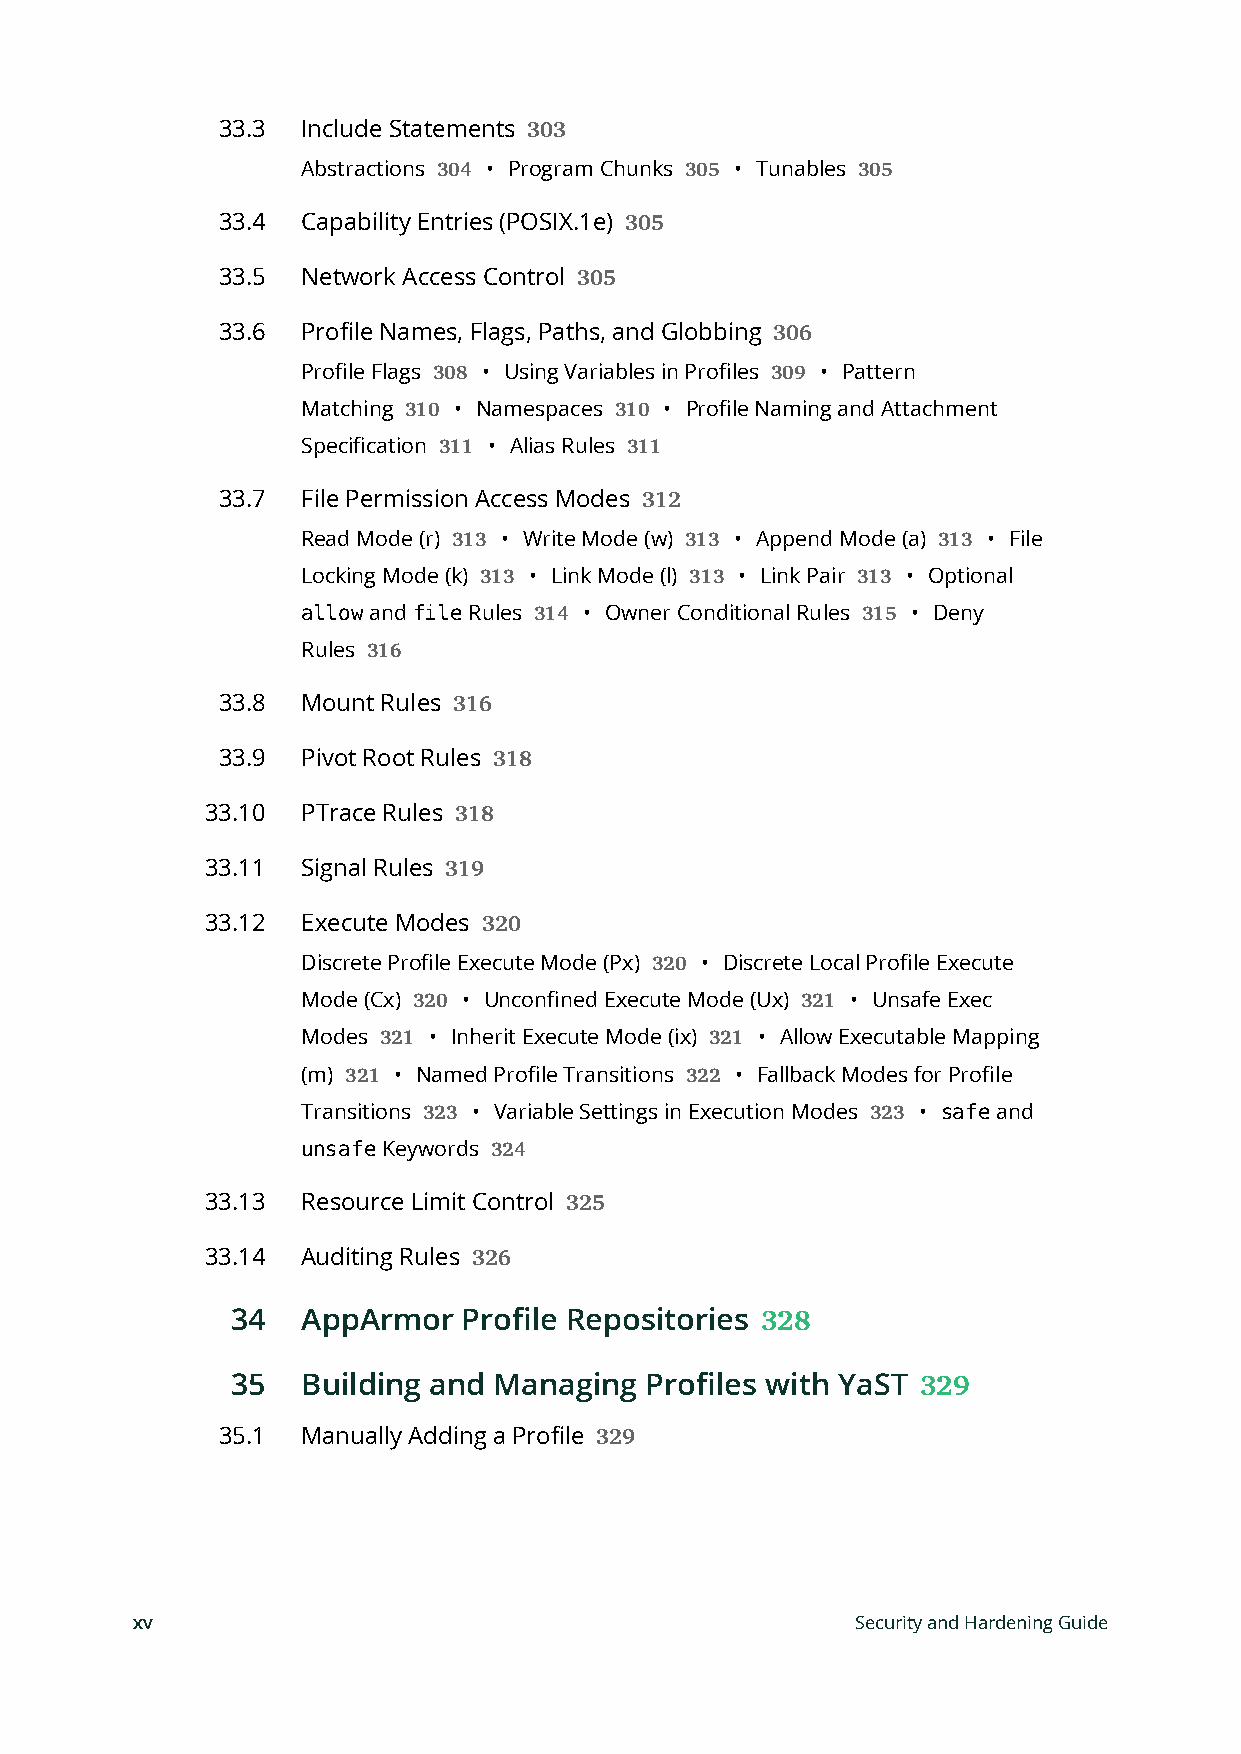
33.3  Include Statements
 303
 Abstractions • Program Chunks • Tunables
 304             305         305
 33.4  Capability Entries (POSIX.1e)
 305
 33.5  Network Access Control
 305
 33.6  Profile Names, Flags, Paths, and Globbing
 306
 Profile Flags • Using Variables in Profiles • Pattern
 308                   309
 Matching  • Namespaces  • Profile Naming and Attachment
 310           310
 Specification • Alias Rules
 311         311
 33.7  File Permission Access Modes
 312
 Read Mode (r) • Write Mode (w) • Append Mode (a) • File
 313            313              313
 Locking Mode (k) • Link Mode (l) • Link Pair • Optional
 313           313        313
 allow and file Rules 314 • Owner Conditional Rules 315 • Deny
 Rules
 316
 33.8  Mount Rules
 316
 33.9  Pivot Root Rules
 318
 33.10 PTrace Rules
 318
 33.11 Signal Rules
 319
 33.12 Execute Modes
 320
 Discrete Profile Execute Mode (Px) • Discrete Local Profile Execute
 320
 Mode (Cx)  • Unconfined Execute Mode (Ux) • Unsafe Exec
 320                       321
 Modes   • Inherit Execute Mode (ix) • Allow Executable Mapping
 321                   321
 (m)   • Named Profile Transitions • Fallback Modes for Profile
 321                   322
 Transitions 323 • Variable Settings in Execution Modes 323 • safe and
 unsafe Keywords 324
 33.13 Resource Limit Control
 325
 33.14 Auditing Rules
 326
 34   AppArmor   Profile Repositories
 328
 35   Building and Managing  Profiles with YaST
 329
 35.1  Manually Adding a Profile
 329
 xv                                              Security and Hardening Guide